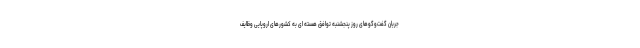
جریان گفت‌وگوهای روز پنجشنبه توافق هسته ای به کشورهای اروپایی وظایف